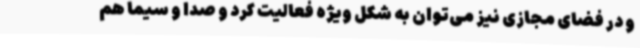
و در فضای مجازی نیز می‌توان به شکل ویژه فعالیت کرد و صدا و سیما هم